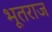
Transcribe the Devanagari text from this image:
भूतराज